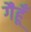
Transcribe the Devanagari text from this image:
गैहूँ